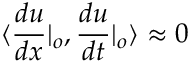
\langle \frac { d u } { d x } | _ { o } , \frac { d u } { d t } | _ { o } \rangle \approx 0